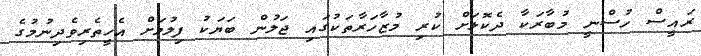
ރައީސް ހުސްނީ މުބާރަކާ ދެކޮޅަށް ކުރި މުޒާހަރާތަކުގައި ޖަލުން ބަޔަކު ފިލުމަށް އެހީތެރިވެދިނުމުގެ